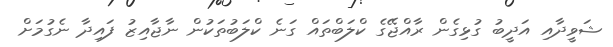
ޝަވީދާއި އަދީބު ގުޅިގެން ރާއްޖޭގެ ކްލަބްތައް ގަނެ ކްލަބުތަކުން ނާޖާއިޒު ފައިދާ ނެގުމަށް